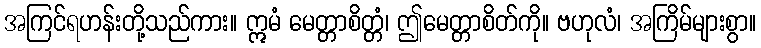
အကြင်ရဟန်းတို့သည်ကား။ ဣမံ မေတ္တာစိတ္တံ၊ ဤမေတ္တာစိတ်ကို။ ဗဟုလံ၊ အကြိမ်များစွာ။